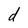
Character: d